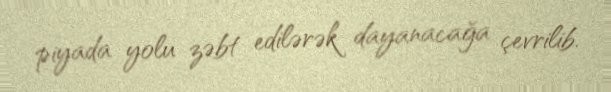
piyada yolu zəbt edilərək dayanacağa çevrilib.